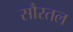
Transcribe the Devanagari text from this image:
सौरतल